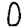
Digit: 0